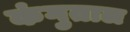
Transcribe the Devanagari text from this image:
कंगुताल